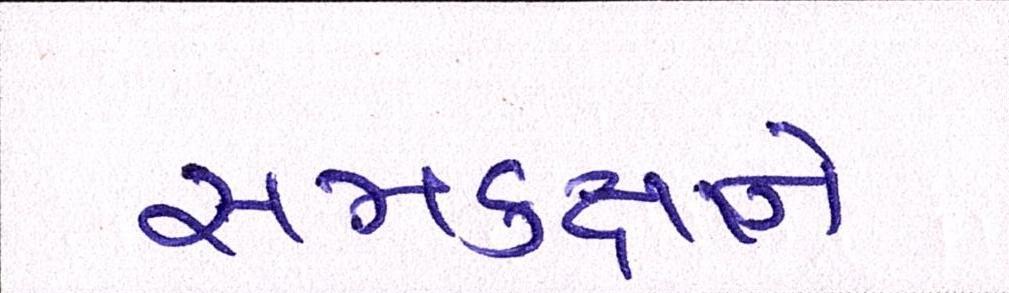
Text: સમકક્ષને